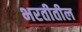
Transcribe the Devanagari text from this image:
भरतीतील